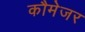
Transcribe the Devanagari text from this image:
कौमेजर